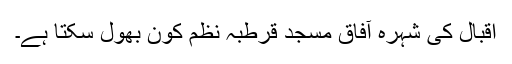
اقبال کی شہرہ آفاق مسجد قرطبہ نظم کون بھول سکتا ہے۔